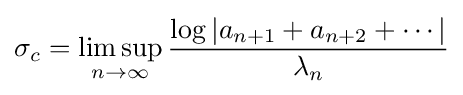
\sigma _{c}=\limsup _{n\to \infty }{\frac {\log |a_{n+1}+a_{n+2}+\cdots |}{\lambda _{n}}}